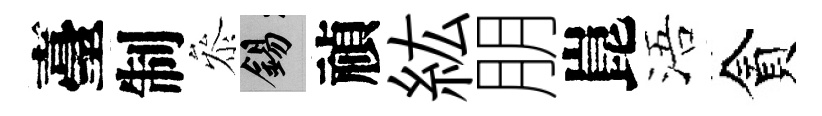
臺制叅錫禎紘朋崑浯貪